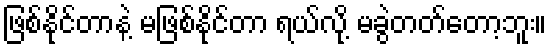
ဖြစ်နိုင်တာနဲ့ မဖြစ်နိုင်တာ ရယ်လို့ မခွဲတတ်တော့ဘူး။